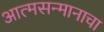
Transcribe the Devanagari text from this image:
आत्मसन्मानाचा